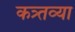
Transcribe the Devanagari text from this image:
कत्र्तव्या